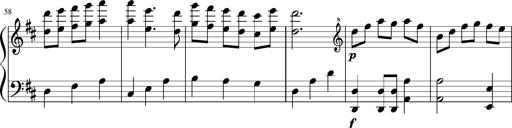
Title: Sonatine Nr.1 in C-Dur
Composer: DÃ©sirÃ©e Manns
Key: C major